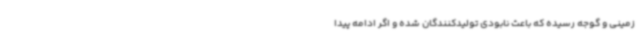
زمینی و گوجه رسیده که ‌باعث نابودی تولیدکنندگان شده و اگر ادامه پیدا